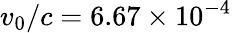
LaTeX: v_{0}/c=6.67\times 10^{-4}